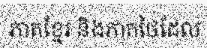
ភាគខ្មែរ និងភាគថៃដែល